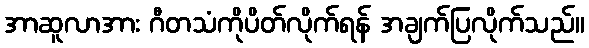
အာဆူလာအား ဂီတသံကိုပိတ်လိုက်ရန် အချက်ပြလိုက်သည်။